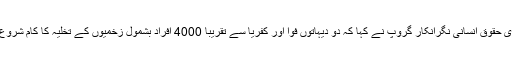
اپوزیشن کے برطانوی حقوق انسانی نگرانکار گروپ نے کہا کہ دو دیہاتوں فوا اور کفریا سے تقریبا 4000 افراد بشمول زخمیوں کے تخلیہ کا کام شروع ہونے کی توقع ہے ۔